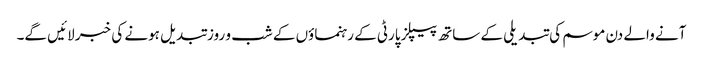
آنے والے دن موسم کی تبدیلی کے ساتھ پیپلز پارٹی کے رہنماؤں کے شب و روز تبدیل ہونے کی خبر لائیں گے۔